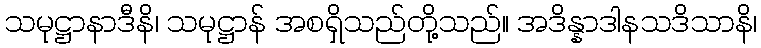
သမုဋ္ဌာနာဒီနိ၊ သမုဋ္ဌာန် အစရှိသည်တို့သည်။ အဒိန္နာဒါနသဒိသာနိ၊